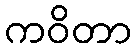
ကဝိတာ